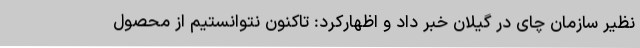
نظیر سازمان چای در گیلان خبر داد و اظهارکرد: تاکنون نتوانستیم از محصول